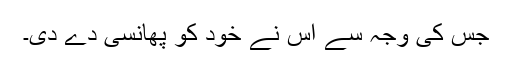
جس کی وجہ سے اس نے خود کو پھانسی دے دی۔